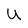
Character: U